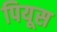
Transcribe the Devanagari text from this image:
पियूस